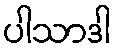
ပါသာဒါ